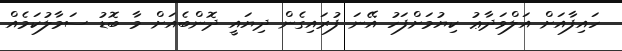
ހައިފާއަށް އަލްވަދާޢު ކިޔުމަށްފަހު އޭނަ ފުރައިގެން ދިޔައީ ދޮންބެއަށް މާ ބޮޑު ސަމާލުކަމެއް